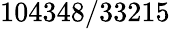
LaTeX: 104348/33215